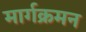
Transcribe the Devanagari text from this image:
मार्गक्रमन